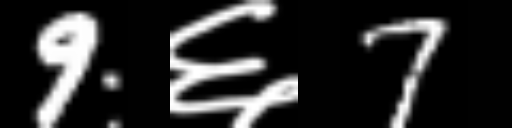
Text: 9६7